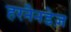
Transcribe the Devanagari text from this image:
हरनैनडेज़